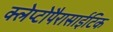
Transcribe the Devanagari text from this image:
क्लेप्टोपैरासाईटिक